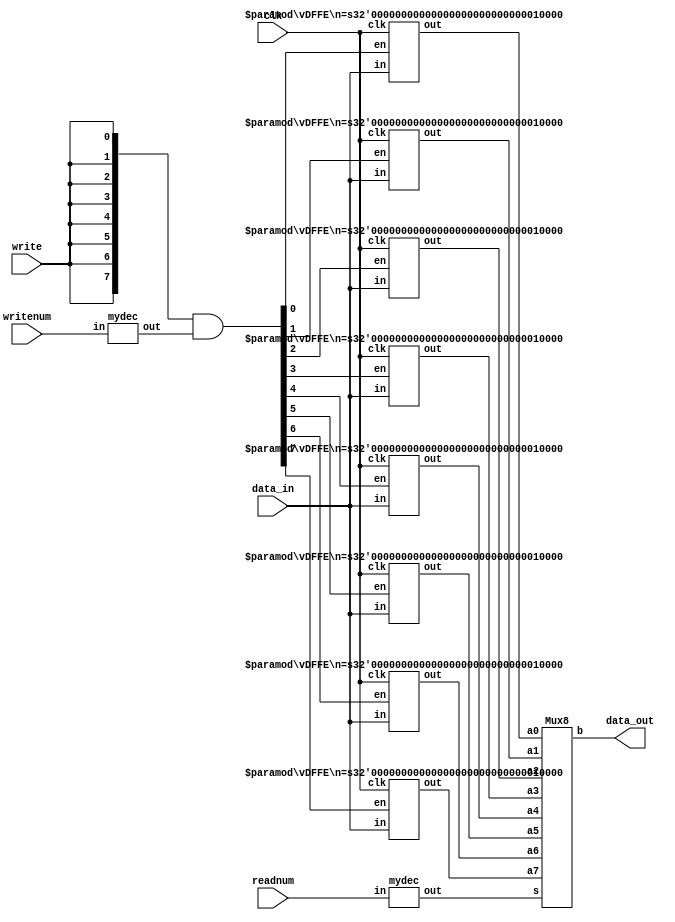
module regfile(data_in, writenum, write, readnum, clk, data_out);
    input [15:0] data_in;
    input [2:0] writenum, readnum;
    input write, clk;
    output [15:0] data_out;
    wire [15:0] data_out;
    wire [7:0] write_dec_out;
    wire [7:0] read_dec_out;
    wire [7:0] enable_signal;
    wire [15:0] R0, R1, R2, R3, R4, R5, R6, R7;
    
    //Instantiations
    mydec WRITEDEC(writenum, write_dec_out);
    mydec READDEC(readnum, read_dec_out);
    assign enable_signal = {8{write}} & write_dec_out;

    vDFFE #(16) r0(clk, enable_signal[0], data_in, R0);
    vDFFE #(16) r1(clk, enable_signal[1], data_in, R1);
    vDFFE #(16) r2(clk, enable_signal[2], data_in, R2);
    vDFFE #(16) r3(clk, enable_signal[3], data_in, R3);
    vDFFE #(16) r4(clk, enable_signal[4], data_in, R4);
    vDFFE #(16) r5(clk, enable_signal[5], data_in, R5);
    vDFFE #(16) r6(clk, enable_signal[6], data_in, R6);
    vDFFE #(16) r7(clk, enable_signal[7], data_in, R7);

    Mux8 MUX(R7, R6, R5, R4, R3, R2, R1, R0, read_dec_out, data_out);

endmodule



//This module was copied from the example
//on the Lab5 example slides
module vDFFE(clk, en, in, out) ;
  parameter n = 1;  // width
  input clk, en ;
  input  [n-1:0] in ;
  output [n-1:0] out ;
  reg    [n-1:0] out ;
  wire   [n-1:0] next_out ;

  assign next_out = en ? in : out;

  always @(posedge clk)
    out = next_out;  
endmodule

module mydec(in, out); //3 to 8 binary to one-hot decoder
    input [2:0] in;
    output [7:0] out;
    
    assign out = 1 << in;
endmodule

module Mux8(a7, a6, a5, a4, a3, a2, a1, a0, s, b);
    input [15:0] a7, a6, a5, a4, a3, a2, a1, a0;
    input [7:0] s;
    output [15:0] b;
    reg [15:0] b;

    always @* begin
        case(s)
            8'b00000001 : b = a0;
            8'b00000010 : b = a1;
            8'b00000100 : b = a2;
            8'b00001000 : b = a3;
            8'b00010000 : b = a4;
            8'b00100000 : b = a5;
            8'b01000000 : b = a6;
            8'b10000000 : b = a7;

            default : b = {16{1'bx}};
        endcase
    end
endmodule